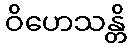
ဝိဟေသန္တိ